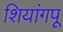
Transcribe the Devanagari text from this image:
शियांगपू